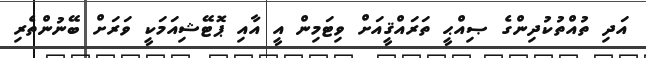
އަދި ތުއްތުކުދިންގެ ޞިއްޙީ ތަރައްޤީއަށް ވިޓަމިން އީ އާއި ޕޮޓޭޝިއަމަކީ ވަރަށް ބޭނުންތެރި